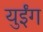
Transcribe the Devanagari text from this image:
युईंग